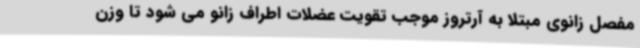
مفصل زانوی مبتلا به آرتروز موجب تقویت عضلات اطراف زانو می شود تا وزن